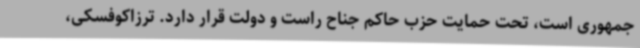
جمهوری است، تحت حمایت حزب حاکم جناح راست و دولت قرار دارد. ترزاکوفسکی،